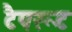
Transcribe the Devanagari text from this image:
टैपरूट